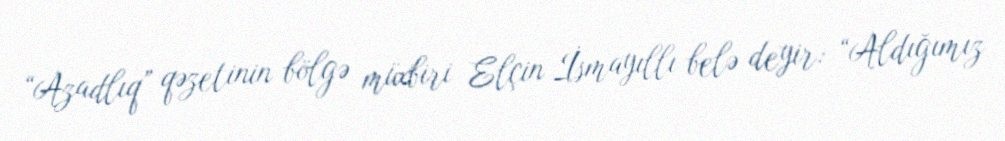
“Azadlıq” qəzetinin bölgə müxbiri Elçin İsmayıllı belə deyir: “Aldığımız